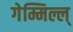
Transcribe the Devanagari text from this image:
गेम्मिल्ल्